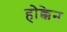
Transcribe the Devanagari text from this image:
होक्केन